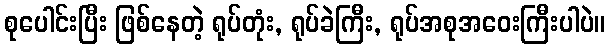
စုပေါင်းပြီး ဖြစ်နေတဲ့ ရုပ်တုံး, ရုပ်ခဲကြီး, ရုပ်အစုအဝေးကြီးပါပဲ။